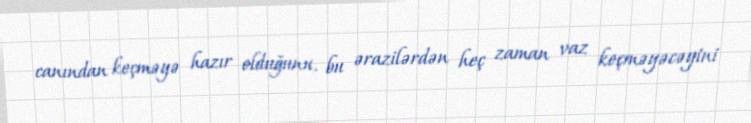
canından keçməyə hazır olduğunu, bu ərazilərdən heç zaman vaz keçməyəcəyini